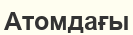
Атомдағы